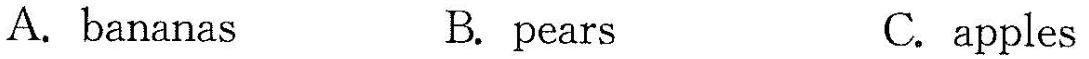
A. bananas B. pears C.apples